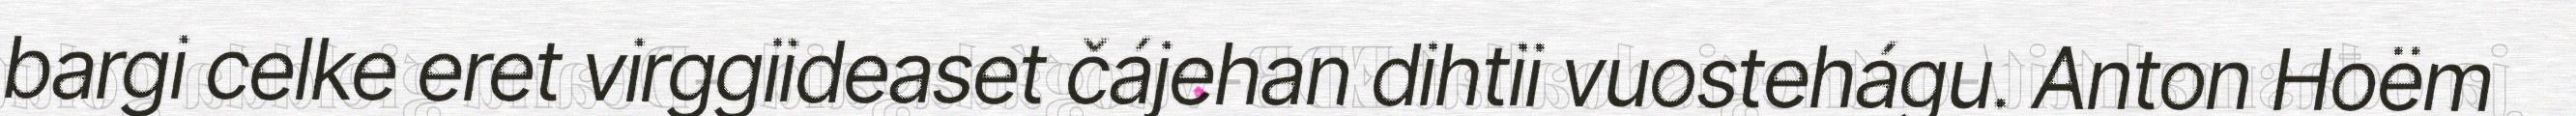
bargi celke eret virggiideaset čájehan dihtii vuostehágu. Anton Hoëm